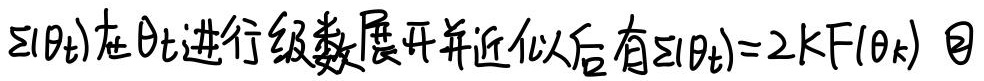
\(\Sigma(\theta_{t})\)在\(\theta_{t}\)进行级数展开并近似以后有
\[
\Sigma(\theta_{t}) = 2kF(\theta_{k})
\]
且